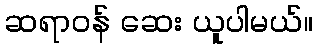
ဆရာဝန် ဆေး ယူပါမယ်။